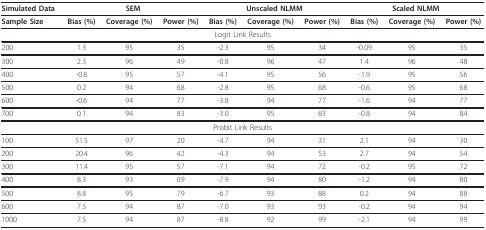
| Simulated Data | <COLSPAN=3> SEM | <COLSPAN=3> Unscaled NLMM | <COLSPAN=3> Scaled NLMM |
 | --- | --- | --- | --- | --- | --- | --- | --- | --- | --- |
 | Sample Size | Bias (%) | Coverage (%) | Power (%) | Bias (%) | Coverage (%) | Power (%) | Bias (%) | Coverage (%) | Power (%) |
 | <COLSPAN=10> Logit Link Results |
 | 200 | 1.3 | 95 | 35 | -2.3 | 95 | 34 | -0.09 | 95 | 35 |
 | 300 | 2.3 | 96 | 49 | -0.8 | 96 | 47 | 1.4 | 96 | 48 |
 | 400 | -0.8 | 95 | 57 | -4.1 | 95 | 56 | -1.9 | 95 | 56 |
 | 500 | 0.2 | 94 | 68 | -2.8 | 95 | 68 | -0.6 | 95 | 68 |
 | 600 | -0.6 | 94 | 77 | -3.8 | 94 | 77 | -1.6 | 94 | 77 |
 | 700 | 0.1 | 94 | 83 | -3.0 | 95 | 83 | -0.8 | 94 | 84 |
 | <COLSPAN=10> Probit Link Results |
 | 100 | 51.5 | 97 | 20 | -4.7 | 94 | 31 | 2.1 | 94 | 30 |
 | 200 | 20.4 | 96 | 42 | -4.3 | 94 | 53 | 2.7 | 94 | 54 |
 | 300 | 11.4 | 95 | 57 | -7.1 | 94 | 72 | -0.2 | 95 | 72 |
 | 400 | 8.3 | 93 | 69 | -7.9 | 94 | 80 | -1.2 | 94 | 80 |
 | 500 | 8.8 | 95 | 79 | -6.7 | 93 | 88 | 0.2 | 94 | 88 |
 | 600 | 7.5 | 94 | 87 | -7.0 | 93 | 93 | -0.2 | 94 | 94 |
 | 1000 | 7.5 | 94 | 87 | -8.8 | 92 | 99 | -2.1 | 94 | 99 |